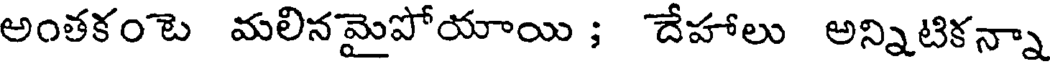
అంతకంట మలినమైపోయాయి ; దేహాలు అన్నిటికన్నా